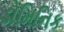
ડોમિનિક